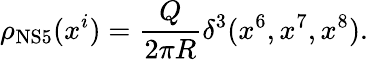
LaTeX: \rho_{\mathrm{NS5}}(x^{i})=\frac{Q}{2\pi R}\delta^{3}(x^{6},x^{7},x^{8}).